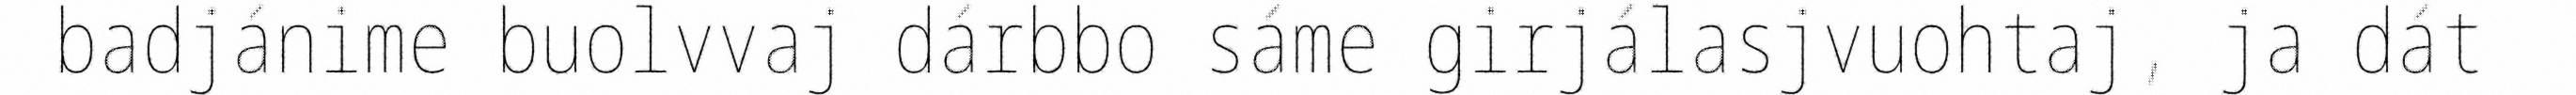
badjánime buolvvaj dárbbo sáme girjálasjvuohtaj, ja dát